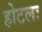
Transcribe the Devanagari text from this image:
होटलः